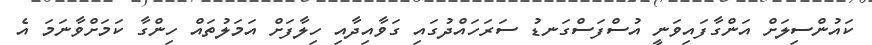
ކައުންސިލަށް އަންގާފައިވަނީ އުސްފަސްގަނޑު ސަރަހައްދުގައި ގަވާއިދާއި ހިލާފަށް އަމަލުތައް ހިންގާ ކަމަށްވާނަމަ އެ